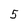
Character: 5